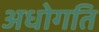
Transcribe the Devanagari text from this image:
अधोगति